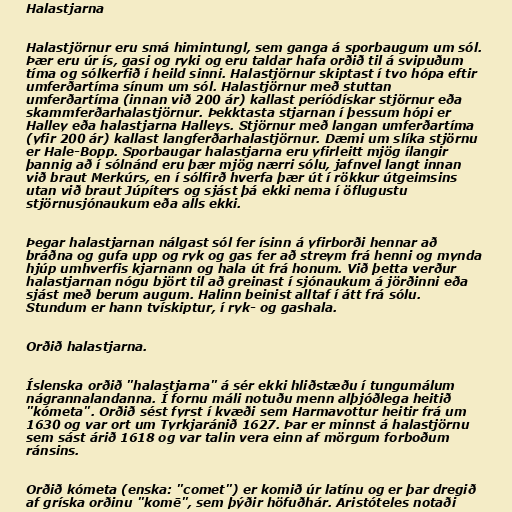
Halastjarna

Halastjörnur eru smá himintungl, sem ganga á sporbaugum um sól.
Þær eru úr ís, gasi og ryki og eru taldar hafa orðið til á svipuðum
tíma og sólkerfið í heild sinni. Halastjörnur skiptast í tvo hópa eftir
umferðartíma sínum um sól. Halastjörnur með stuttan
umferðartíma (innan við 200 ár) kallast períódískar stjörnur eða
skammferðarhalastjörnur. Þekktasta stjarnan í þessum hópi er
Halley eða halastjarna Halleys. Stjörnur með langan umferðartíma
(yfir 200 ár) kallast langferðarhalastjörnur. Dæmi um slíka stjörnu
er Hale-Bopp. Sporbaugar halastjarna eru yfirleitt mjög ílangir
þannig að í sólnánd eru þær mjög nærri sólu, jafnvel langt innan
við braut Merkúrs, en í sólfirð hverfa þær út í rökkur útgeimsins
utan við braut Júpíters og sjást þá ekki nema í öflugustu
stjörnusjónaukum eða alls ekki.

Þegar halastjarnan nálgast sól fer ísinn á yfirborði hennar að
bráðna og gufa upp og ryk og gas fer að streym frá henni og mynda
hjúp umhverfis kjarnann og hala út frá honum. Við þetta verður
halastjarnan nógu björt til að greinast í sjónaukum á jörðinni eða
sjást með berum augum. Halinn beinist alltaf í átt frá sólu.
Stundum er hann tvískiptur, í ryk- og gashala.

Orðið halastjarna.

Íslenska orðið "halastjarna" á sér ekki hliðstæðu í tungumálum
nágrannalandanna. Í fornu máli notuðu menn alþjóðlega heitið
"kómeta". Orðið sést fyrst í kvæði sem Harmavottur heitir frá um
1630 og var ort um Tyrkjaránið 1627. Þar er minnst á halastjörnu
sem sást árið 1618 og var talin vera einn af mörgum forboðum
ránsins.

Orðið kómeta (enska: "comet") er komið úr latínu og er þar dregið
af gríska orðinu "komē", sem þýðir höfuðhár. Aristóteles notaði